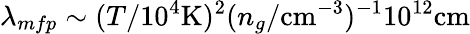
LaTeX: \lambda_{mfp}\sim(T/10^{4}\mathrm{K})^{2}(n_{g}/\mathrm{cm}^{-3})^{-1}10^{12}\mathrm{cm}